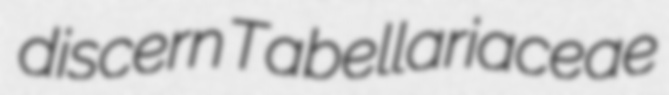
discern Tabellariaceae